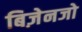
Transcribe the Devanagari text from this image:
बिज़ेनजो